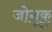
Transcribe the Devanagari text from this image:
जोगूक्